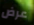
عرض